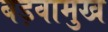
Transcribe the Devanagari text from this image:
बड़वामुख